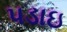
પડાઇ